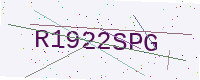
Text: R1922SPG